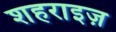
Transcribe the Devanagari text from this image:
शहराइज़